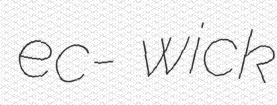
ec- wick